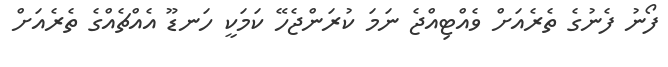
ފޯނު ފެނުގެ ތެރެއަށް ވެއްޓިއްޖެ ނަމަ ކުރަންޖެހޭ ކަމަކީ ހަނޑޫ އެއްޗެއްގެ ތެރެއަށް